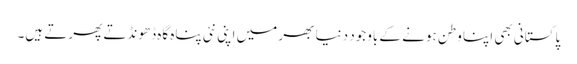
پاکستانی بھی اپنا وطن ہونے کے باوجود دنیا بھر میں اپنی نئی پناہ گاہ ڈھونڈتے پھرتے ہیں۔